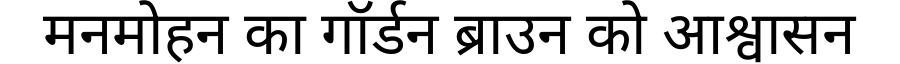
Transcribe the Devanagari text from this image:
मनमोहन का गॉर्डन ब्राउन को आश्वासन